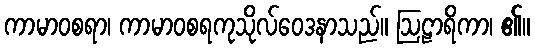
ကာမာဝစရာ၊ ကာမာဝစရကုသိုလ်ဝေဒနာသည်။ ဩဠာရိကာ၊ ၏။